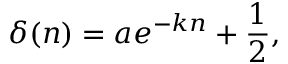
\delta ( n ) = a e ^ { - k n } + \frac { 1 } { 2 } ,